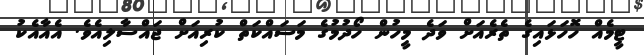
ޓީމެއް ހޮހަޅައިގެ ތެރެއަށް ވަދެ މީހުން ހޯދުމުގެ މަސައްކަތް ކުރިއަށް ޖައްސާލިއެވެ. އެއާއެކު